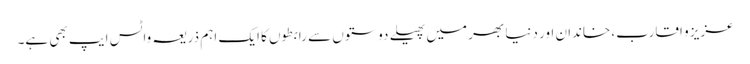
عزیز و اقارب، خاندان اور دنیا بھر میں پھیلے دوستوں سے رابطوں کا ایک اہم ذریعہ واٹس ایپ بھی ہے۔